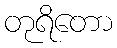
တုရိတော